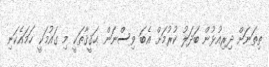
ތިތަނަށް ދިރިއުޅުން ބަދަލު ކުރުމަށް އެބަ ވިސްނަން ޙަޤީޤާތަކީ މި ގައުމަކީ ހަމައެކަނި